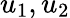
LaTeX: u_{1},u_{2}